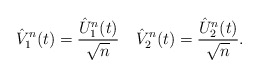
\begin{align*}\hat{V}_1^n(t) = \frac{\hat{U}_1^n(t)}{\sqrt{n}} \quad\hat{V}_2^n(t) = \frac{\hat{U}_2^n(t)}{\sqrt{n}}.\end{align*}